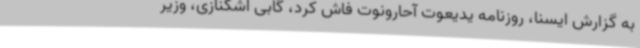
به گزارش ایسنا، روزنامه یدیعوت آحارونوت فاش کرد، گابی اشکنازی، وزیر